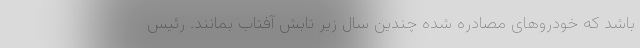
باشد که خودروهای مصادره شده چندین سال زیر تابش آفتاب بمانند. رئیس